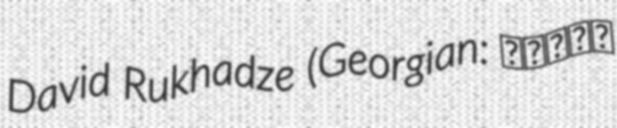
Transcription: David Rukhadze (Georgian: დავით